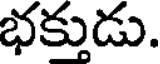
భక్తుడు.